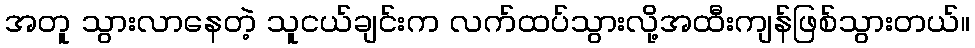
အတူ သွားလာနေတဲ့ သူငယ်ချင်းက လက်ထပ်သွားလို့အထီးကျန်ဖြစ်သွားတယ်။